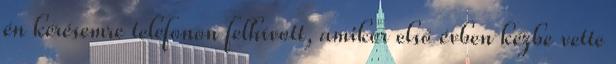
én kérésemre telefonon felhívott, amikor első évben kézbe vette